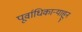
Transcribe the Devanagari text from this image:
पूर्वाधिकार्‍याहून